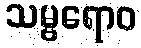
သမ္ဗရောဝ